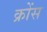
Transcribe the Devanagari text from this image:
क्रोंस